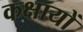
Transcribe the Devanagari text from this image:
कक्षायों